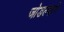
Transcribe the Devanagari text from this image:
जोडल्याने